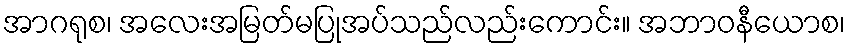
အာဂရုစ၊ အလေးအမြတ်မပြုအပ်သည်လည်းကောင်း။ အဘာဝနီယောစ၊